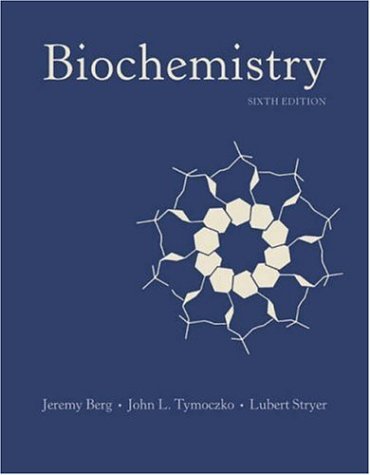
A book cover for Biochemistry, 6th Edition; Jeremy M. Berg; Engineering & Transportation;